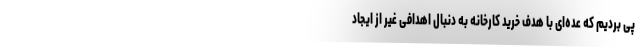
پی بردیم که عده‌ای با هدف خرید کارخانه به دنبال اهدافی غیر از ایجاد